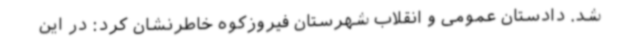
شد. دادستان عمومی و انقلاب شهرستان فیروزکوه خاطرنشان کرد: در این